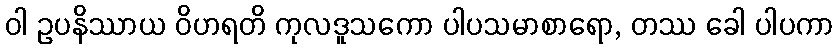
ဝါ ဥပနိဿာယ ဝိဟရတိ ကုလဒူသကော ပါပသမာစာရော, တဿ ခေါ ပါပကာ